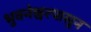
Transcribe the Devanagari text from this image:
भुवनेश्वरपासून